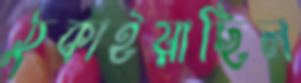
ঠুকাইয়াছিল